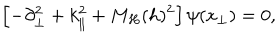
\left[ - \partial _ { \bot } ^ { 2 } + k _ { \| } ^ { 2 } + M _ { H } ( h ) ^ { 2 } \right] \psi ( x _ { \bot } ) = 0 ,